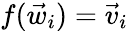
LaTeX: f(\vec{w}_{i})=\vec{v}_{i}